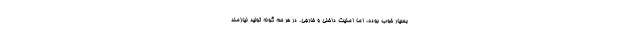
بسیار خوب بوده، اما امنیت داخلی و خارجی. در هر سه گونه تولید نیازمند